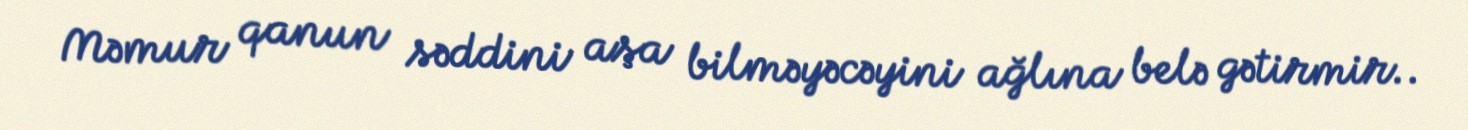
Məmur qanun səddini aşa bilməyəcəyini ağlına belə gətirmir..